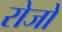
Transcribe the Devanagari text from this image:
रोजो